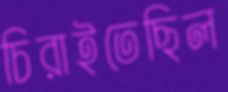
চিরাইতেছিল